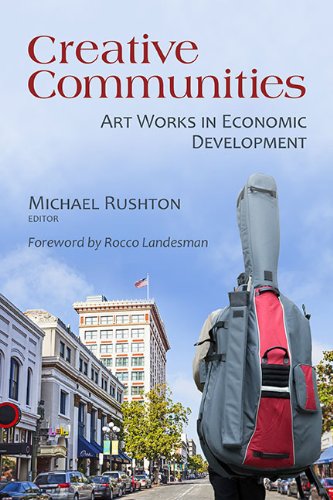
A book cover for Creative Communities: Art Works in Economic Development; Arts & Photography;